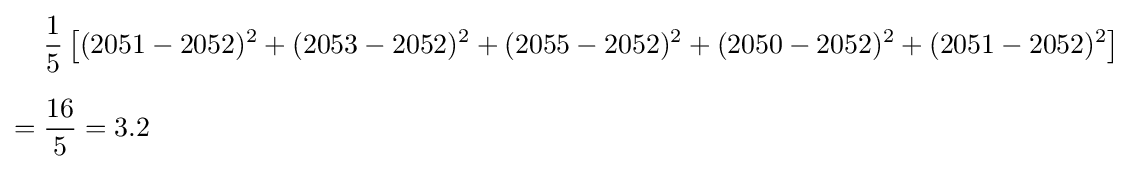
{\begin{aligned}{}&{\frac {1}{5}}\left[(2051-2052)^{2}+(2053-2052)^{2}+(2055-2052)^{2}+(2050-2052)^{2}+(2051-2052)^{2}\right]\\[6pt]={}&{\frac {16}{5}}=3.2\end{aligned}}